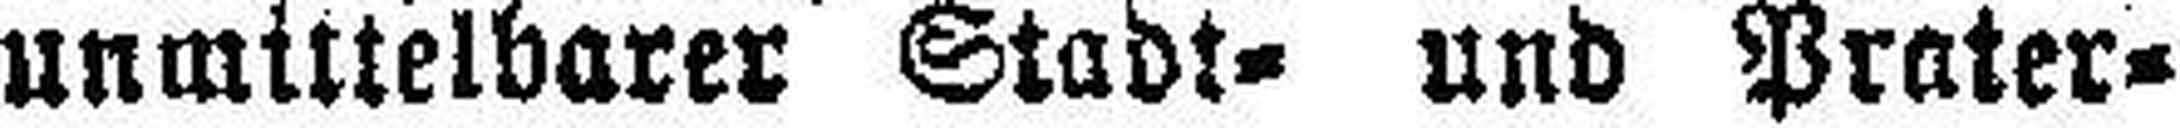
unmittelbarer Stadt= und Prater¬